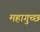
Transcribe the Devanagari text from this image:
महागुच्छ